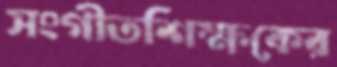
সংগীতশিক্ষকের